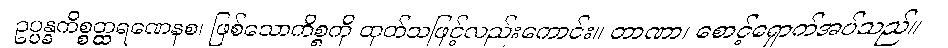
ဥပ္ပန္နကိစ္စတ္ထရဏေနစ၊ ဖြစ်သောကိစ္စကို ထုတ်သဖြင့်လည်းကောင်း။ တာဏာ၊ စောင့်ရှောက်အပ်သည်။